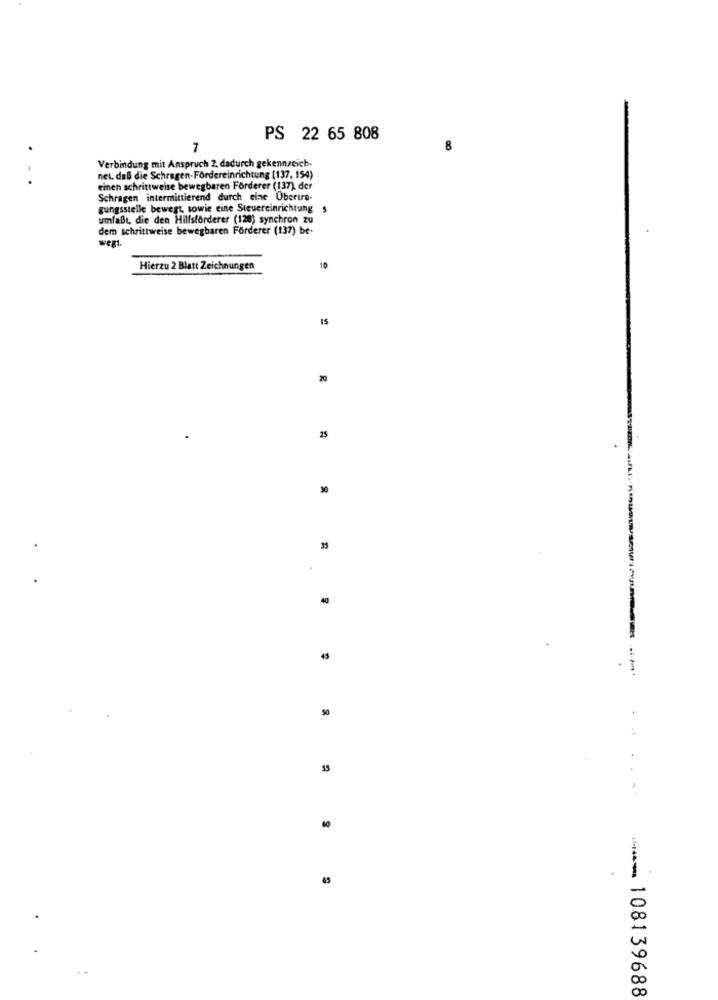
PS 22 65 808
7
8
Verbindung mit Anspruch 2, dadurch gekennzeich.
...
nel, daß die Schragen-Fördereinrichtung (137, 154)
einen schrittweise bewegbaren Förderer (137) der
Schragen intermittierend durch eine Überira-
gungsstelle bewegt, sowie eine Steuereinrichtung $
umfaßt, die den Hillsforderer (128) synchron zu
dem schrittweise bewegbaren Förderer (137) be-
wegt.
Hierzu 2 Blatt Zeichnungen
20
25
30
40
50
60
******** 108139688